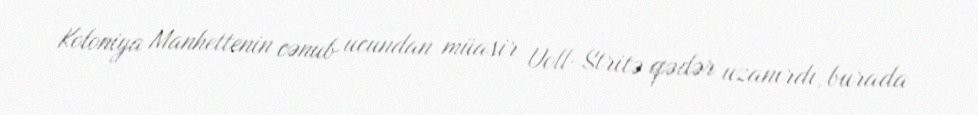
Koloniya Manhettenin cənub ucundan müasir Uoll-Stritə qədər uzanırdı, burada